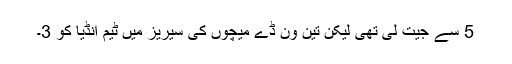
5 سے جیت لی تھی لیکن تین ون ڈے میچوں کی سیریز میں ٹیم انڈیا کو 3۔